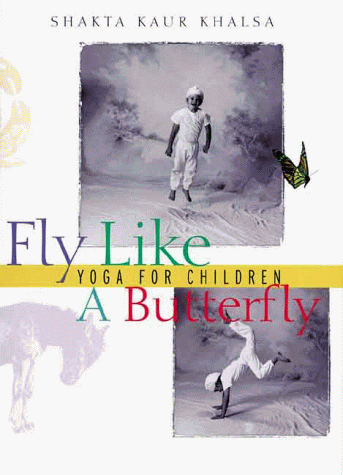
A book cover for Fly Like A Butterfly: Yoga for Children; Shakta Kaur Khalsa; Health, Fitness & Dieting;